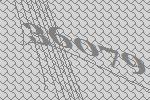
36079